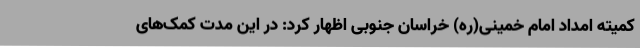
کمیته امداد امام خمینی(ره) خراسان جنوبی اظهار کرد: در این مدت کمک‌های